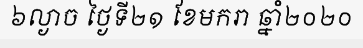
៦ល្ងាច ថ្ងៃទី២១ ខែមករា ឆ្នាំ២០២០